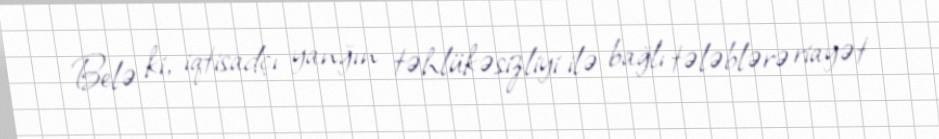
Belə ki, iqtisadçı yanğın təhlükəsizliyi ilə bağlı tələblərə riayət